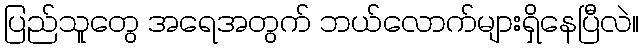
ပြည်သူတွေ အရေအတွက် ဘယ်လောက်များရှိနေပြီလဲ။